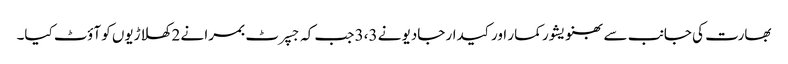
بھارت کی جانب سے بھنویشور کمار اور کیدار جادیو نے 3،3 جب کہ جسپرٹ بمرا نے 2 کھلاڑیوں کو آؤٹ کیا۔